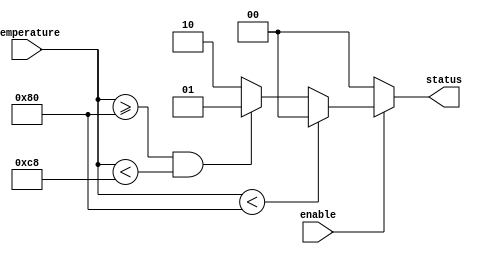
module thermal_encoder (
    input [7:0] temperature,  // 8-bit temperature input from ADC
    output reg [1:0] status,   // 2-bit thermal status output (00: Normal, 01: Warning, 10: Critical)
    input enable               // Enable signal
);

    always @(*) begin
        if (!enable) begin
            status = 2'b00; // output a default state when disabled
        end else begin
            // Thresholds can be adjusted based on specific requirements
            if (temperature < 128) begin
                status = 2'b00;  // Normal
            end else if (temperature >= 128 && temperature < 200) begin
                status = 2'b01;  // Warning
            end else begin
                status = 2'b10;  // Critical
            end
        end
    end

endmodule